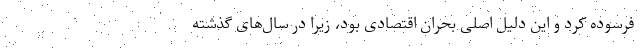
فرسوده کرد و این دلیل اصلی بحران اقتصادی بود، زیرا در سال‌های گذشته